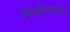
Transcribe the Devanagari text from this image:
फिब्रिनोजेन